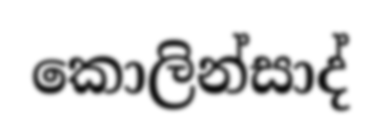
කොලින්සාද්